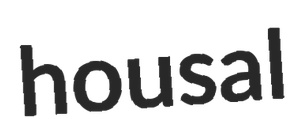
housal